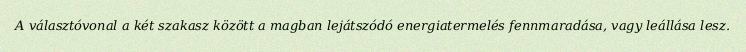
A választóvonal a két szakasz között a magban lejátszódó energiatermelés fennmaradása, vagy leállása lesz.